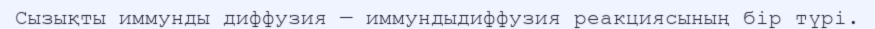
Сызықты иммунды диффузия — иммундыдиффузия реакциясының бір түрі.